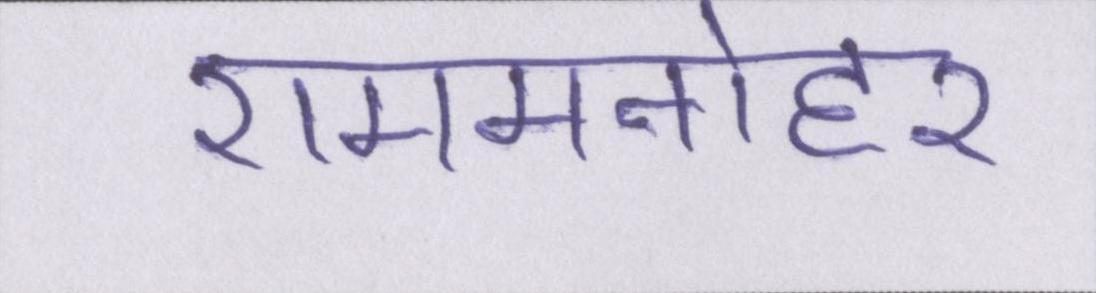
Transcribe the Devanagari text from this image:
राममनोहर